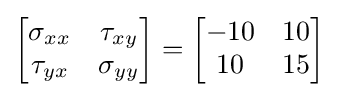
\left[{\begin{matrix}\sigma _{xx}&\tau _{xy}\\\tau _{yx}&\sigma _{yy}\end{matrix}}\right]=\left[{\begin{matrix}-10&10\\10&15\end{matrix}}\right]